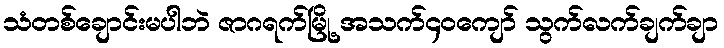
သံတစ်ချောင်းမပါဘဲ ဇာဂရက်မြို့ အသက်၄၀ကျော် သွက်လက်ချက်ချာ